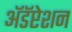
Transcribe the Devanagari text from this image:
अॅडॅप्टेशन